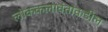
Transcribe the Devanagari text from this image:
लोककलावंतांकडील